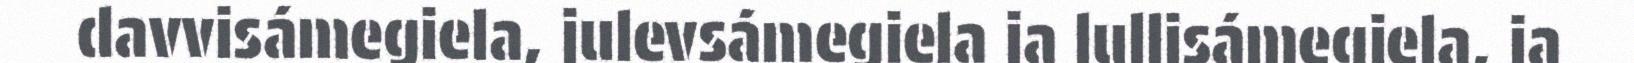
davvisámegiela, julevsámegiela ja lullisámegiela, ja